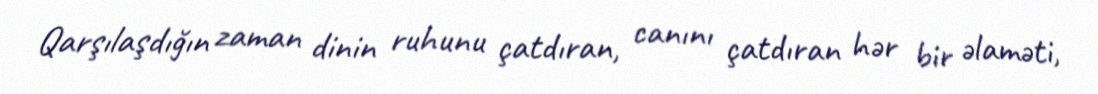
Qarşılaşdığın zaman dinin ruhunu çatdıran, canını çatdıran hər bir əlaməti,